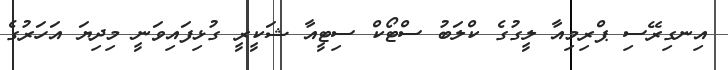
އިނގިރޭސި ޕްރިމިއާ ލީގުގެ ކްލަބު ސްޓޯކް ސިޓީއާ ޝަކީރީ ގުޅިފައިވަނީ މިދިޔަ އަހަރުގެ